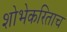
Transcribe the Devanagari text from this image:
शोभेकरिताच